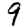
Digit: 9